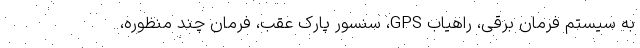
به سیستم فرمان برقی، راهیاب GPS، سنسور پارک عقب، فرمان چند منظوره،